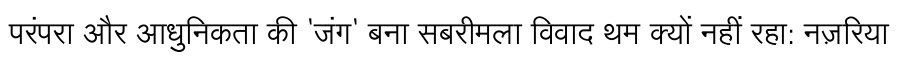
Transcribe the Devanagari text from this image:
परंपरा और आधुनिकता की 'जंग' बना सबरीमला विवाद थम क्यों नहीं रहा: नज़रिया